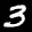
Label: 3